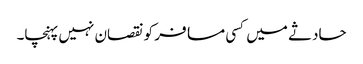
حادثے میں کسی مسافر کو نقصان نہیں پہنچا۔